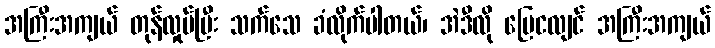
အကြီးအကျယ် တုန်လှုပ်ပြီး သက်သေ ခံလိုက်ပါတယ်၊ အဲဒီလို မြေငလျင် အကြီးအကျယ်